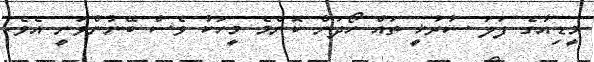
މީޑިއާގެ ފަލަ ސުރުޚީ ތައް ހޯދަން ކޮންމެ މީހަކު ވެސް ބޭނުންވަނީ އެވެ.